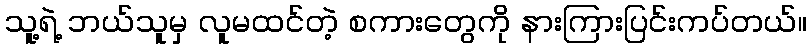
သူ့ရဲ့ ဘယ်သူမှ လူမထင်တဲ့ စကားတွေကို နားကြားပြင်းကပ်တယ်။